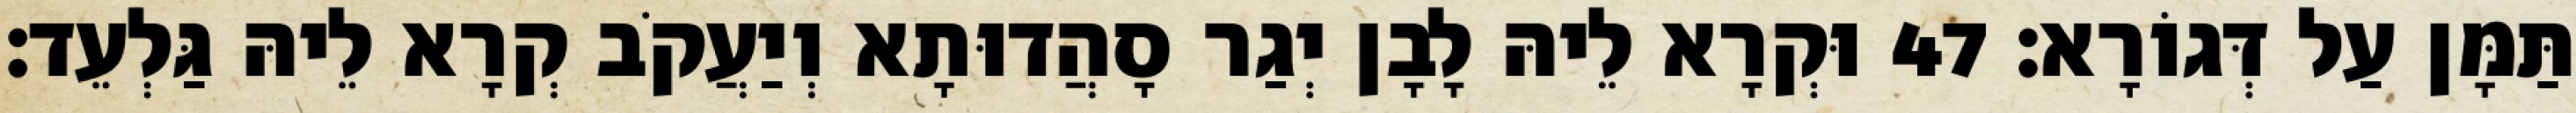
תַּמָּן עַל דְּגוֹרָא׃ 47 וּקְרָא לֵיהּ לָבָן יְגַר סָהֲדוּתָא וְיַעֲקֹב קְרָא לֵיהּ גַּלְעֵד׃